Leaving Certificate Examination (including Day School Certificate (Higher) General paper), 1937
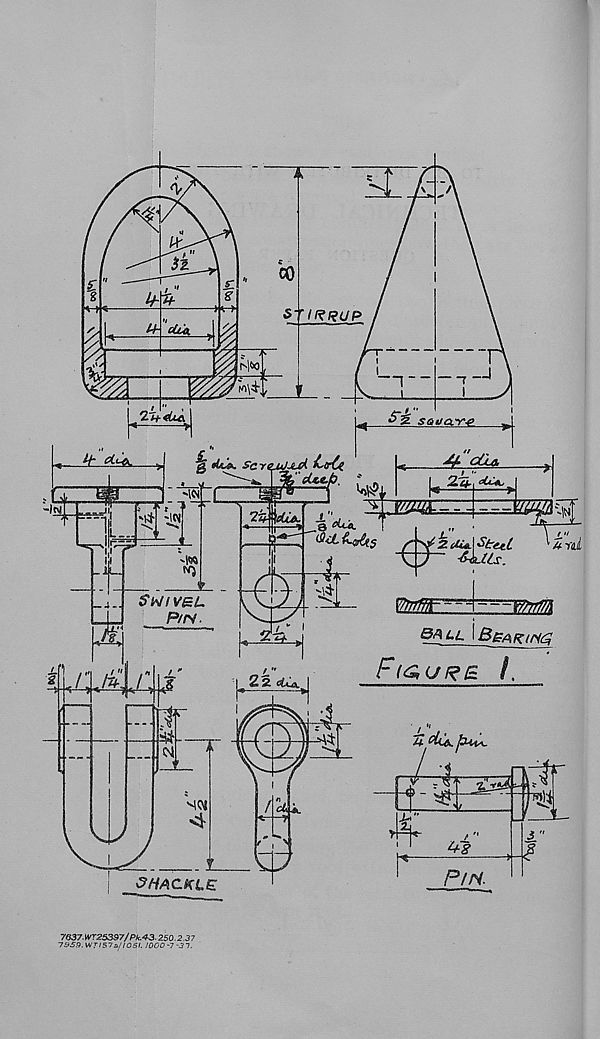
7637. WT25397/ Pk.4-3- 250.2.37
7959.WTI57a//0SI. 1000-7-31.